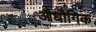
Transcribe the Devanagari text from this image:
औघौगिक